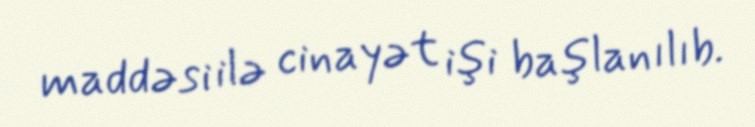
maddəsi ilə cinayət işi başlanılıb.